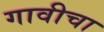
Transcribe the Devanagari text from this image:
गावीचा